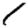
Digit: 1